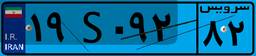
۸۰S۶۴۱۴۵